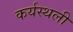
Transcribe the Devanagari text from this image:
कर्यस्थली